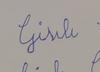
Signature authenticity: forged